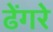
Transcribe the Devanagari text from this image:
ढेंगरे